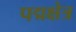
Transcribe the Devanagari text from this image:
पद्मक्षेत्र